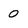
Character: 0